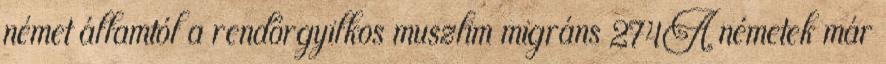
német államtól a rendőrgyilkos muszlim migráns 274A németek már